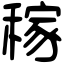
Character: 稼